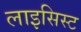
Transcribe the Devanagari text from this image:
लाइसिस्ट